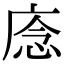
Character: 𢈸